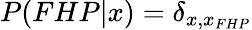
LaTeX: P(FHP|x)=\delta_{x,x_{FHP}}